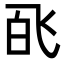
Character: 𬲉